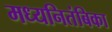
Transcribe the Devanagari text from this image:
मध्यनितंबिका